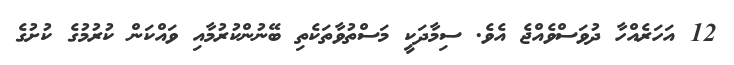
12 އަހަރެއްހާ ދުވަސްވެއްޖެ އެވެ. ސިމާދަކީ މަސްތުވާތަކެތި ބޭނުންކުރުމާއި ވައްކަން ކުރުމުގެ ކުށުގެ